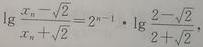
$\lg \frac {x_{n}-\sqrt {2}}{x_{n}+\sqrt {2}}=2^{n - 1}\cdot \lg \frac {2 - \sqrt {2}}{2 + \sqrt {2}}$